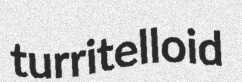
turritelloid